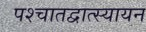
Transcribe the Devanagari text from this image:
पश्चातद्वात्स्यायन